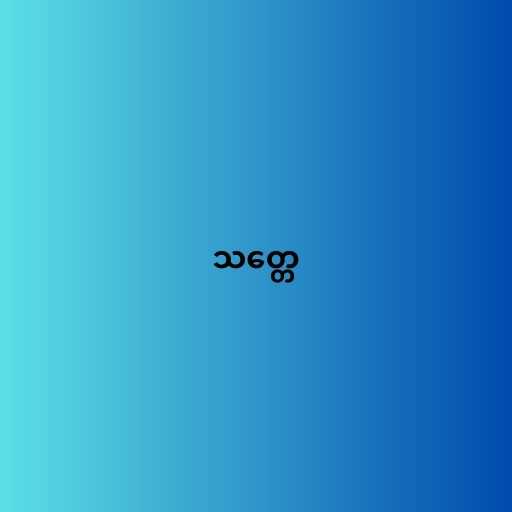
သတ္တေ